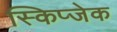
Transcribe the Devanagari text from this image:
स्किप्जेक